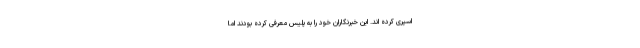
اسپری کرده اند. این خبرنگاران خود را به پلیس معرفی کرده بودند اما